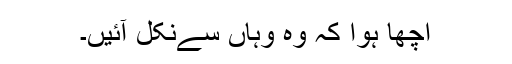
اچھا ہوا کہ وہ وہاں سےنکل آئیں۔